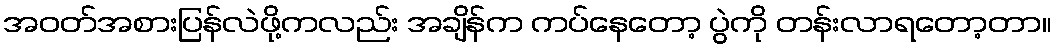
အဝတ်အစားပြန်လဲဖို့ကလည်း အချိန်က ကပ်နေတော့ ပွဲကို တန်းလာရတော့တာ။